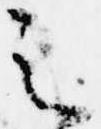
之